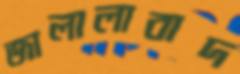
জালালাবাদ